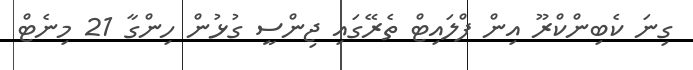
ގިނަ ކެބިންކްރޫ އިން ފްލައިޓް ތެރޭގައި ޖިންސީ ގުޅުން ހިންގާ 21 މިނެޓް